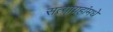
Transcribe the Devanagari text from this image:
सत्याग्रहांमधे